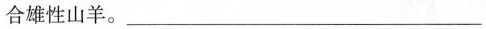
合雄性山羊。___